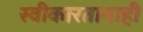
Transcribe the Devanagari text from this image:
स्वीकारतानाही